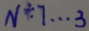
N \div 7 \cdots 3